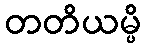
တတိယမ္ပိ